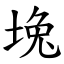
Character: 堍